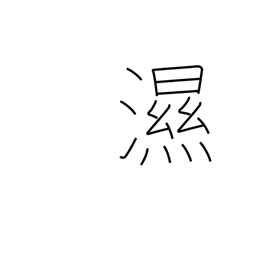
Meaning: an illness